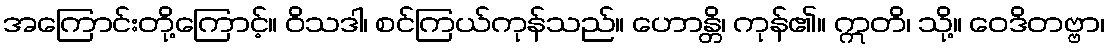
အကြောင်းတို့ကြောင့်။ ဝိသဒါ၊ စင်ကြယ်ကုန်သည်။ ဟောန္တိ၊ ကုန်၏။ ဣတိ၊ သို့။ ဝေဒိတဗ္ဗာ၊